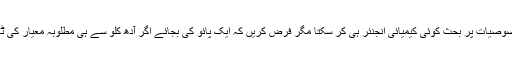
ہم اس کی تصدیق نہیں کر سکتے کہ نسوار کی خصوصیات پر بحث کوئی کیمیائی انجنئر ہی کر سکتا مگر فرض کریں کہ ایک پائو کی بجائے اگر آدھ کلو سے ہی مطلوبہ معیار کی ٹھنڈک حاصل ہو جائے تو کیا مضائقہ ہے اس میں؟